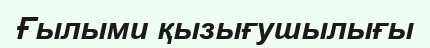
Ғылыми қызығушылығы